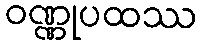
ဝဏ္ဏုပထဿ